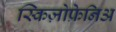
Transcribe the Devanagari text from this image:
स्किज़ोफ्रेनिअ